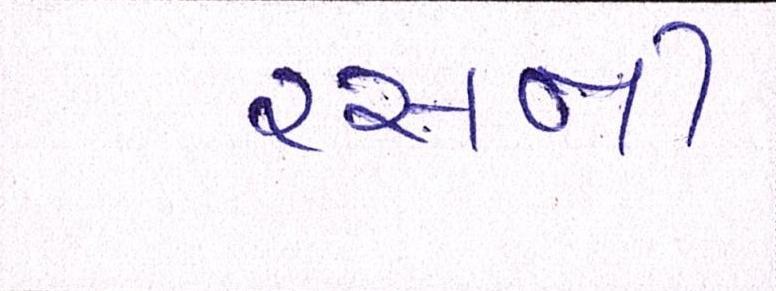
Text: રસની